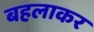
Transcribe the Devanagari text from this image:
बहलाकर